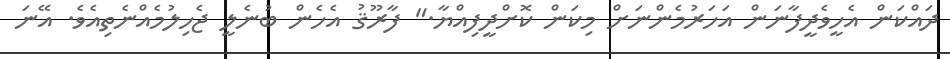
ދައްކަން އެހީވެދީފާނަން އަހަރުމެންނަށް މިކަން ކޮށްދީފިއްޔާ." ފާރޫޤު އެހެން ބުނެލީ ޖެހިލުމެއްނެތިއެވެ. އޭނަ